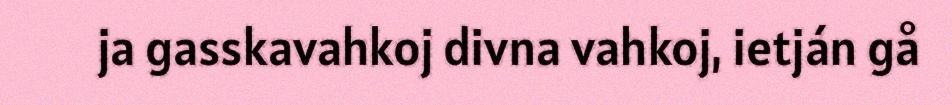
ja gasskavahkoj divna vahkoj, ietján gå